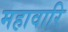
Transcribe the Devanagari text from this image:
महावारि